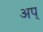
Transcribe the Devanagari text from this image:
अप्‌